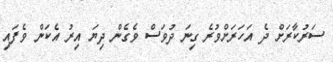
ސަރުކާރަށް ދެ އަހަރަށްވުރެ ގިނަ ދުވަސް ވެގެން ދިޔަ އިރު އެކަން ވެފައި